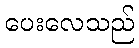
ပေးလေသည်